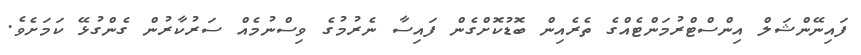
ފައިނޭންޝަލް އިންސްޓްރުމަންޓެއްގެ ތެރެއިން ބޮޑުކޮށްގެން ފައިސާ ނެރުމުގެ ވިސްނުމެއް ސަރުކާރުން ގެންގުޅޭ ކަމަށެވެ.